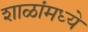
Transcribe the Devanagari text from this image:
शाळांमध्‍ये